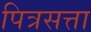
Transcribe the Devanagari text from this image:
पित्रसत्ता